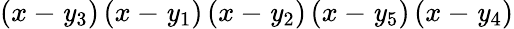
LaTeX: \left(x-\mathit{y}_{3}\right)\left(x-\mathit{y}_{1}\right)\left(x-\mathit{y}_{2}\right)\left(x-\mathit{y}_{5}\right)\left(x-\mathit{y}_{4}\right)